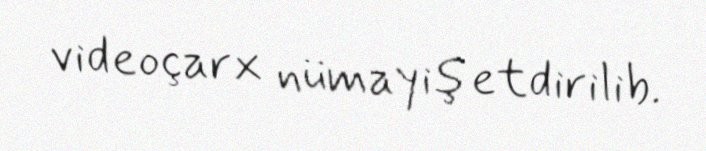
videoçarx nümayiş etdirilib.